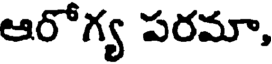
ఆరోగ్య పరమా,